Elephants and their diseases
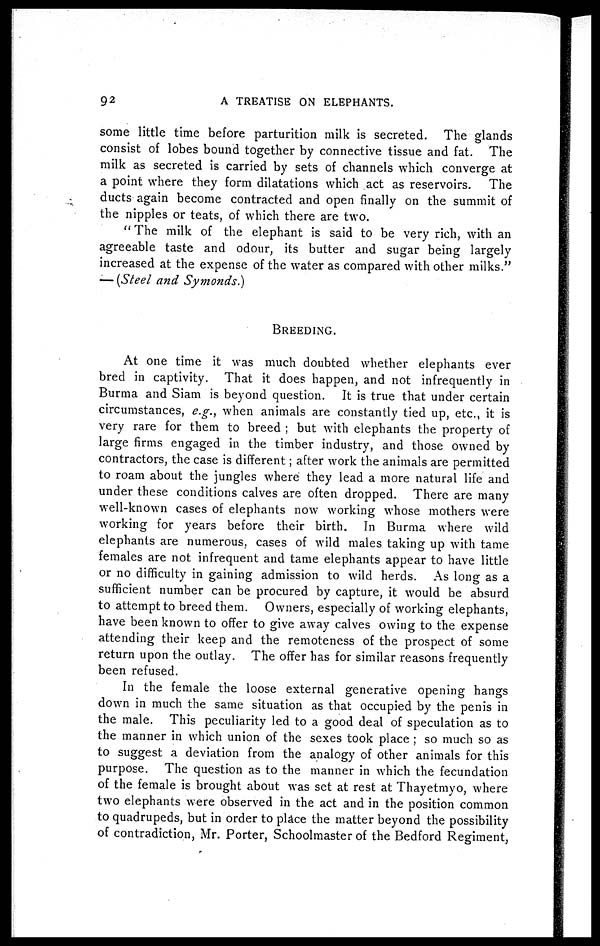
92
A TREATISE ON ELEPHANTS.
some little time before parturition milk is secreted. The glands
consist of lobes bound together by connective tissue and fat. The
milk as secreted is carried by sets of channels which converge at
a point where they form dilatations which act as reservoirs. The
ducts again become contracted and open finally on the summit of
the nipples or teats, of which there are two.
"The milk of the elephant is said to be very rich, with an
agreeable taste and odour, its butter and sugar being largely
increased at the expense of the water as compared with other milks."
— (Steel and Symonds.)
BREEDING.
At one time it was much doubted whether elephants ever
bred in captivity. That it does happen, and not infrequently in
Burma and Siam is beyond question. It is true that under certain
circumstances, e.g., when animals are constantly tied up, etc., it is
very rare for them to breed ; but with elephants the property of
large firms engaged in the timber industry, and those owned by
contractors, the case is different; after work the animals are permitted
to roam about the jungles where they lead a more natural life and
under these conditions calves are often dropped. There are many
well-known cases of elephants now working whose mothers were
working for years before their birth. In Burma where wild
elephants are numerous, cases of wild males taking up with tame
females are not infrequent and tame elephants appear to have little
or no difficulty in gaining admission to wild herds. As long as a
sufficient number can be procured by capture, it would be absurd
to attempt to breed them. Owners, especially of working elephants,
have been known to offer to give away calves owing to the expense
attending their keep and the remoteness of the prospect of some
return upon the outlay. The offer has for similar reasons frequently
been refused.
In the female the loose external generative opening hangs
down in much the same situation as that occupied by the penis in
the male. This peculiarity led to a good deal of speculation as to
the manner in which union of the sexes took place ; so much so as
to suggest a deviation from the analogy of other animals for this
purpose. The question as to the manner in which the fecundation
of the female is brought about was set at rest at Thayetmyo, where
two elephants were observed in the act and in the position common
to quadrupeds, but in order to place the matter beyond the possibility
of contradiction, Mr. Porter, Schoolmaster of the Bedford Regiment,